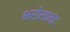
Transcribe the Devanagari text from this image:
भरोसामंद